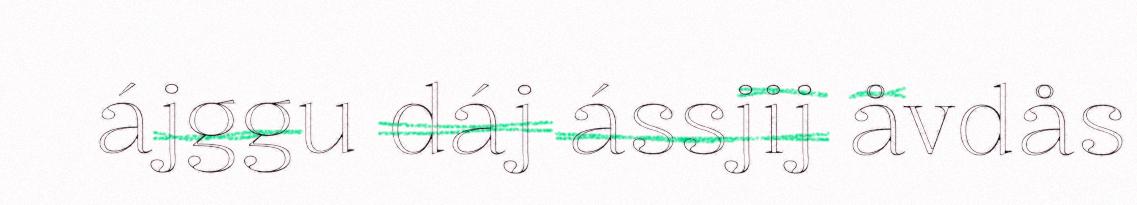
ájggu dáj ássjij åvdås